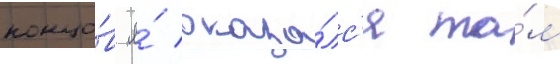
концо́в я́ оказа́лс'я та́м